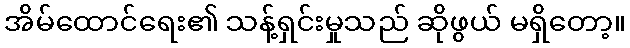
အိမ်ထောင်ရေး၏ သန့်ရှင်းမှုသည် ဆိုဖွယ် မရှိတော့။